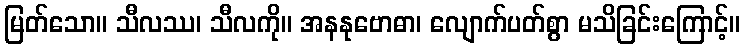
မြတ်သော။ သီလဿ၊ သီလကို။ အနနုဗောဓာ၊ လျောက်ပတ်စွာ မသိခြင်းကြောင့်။